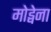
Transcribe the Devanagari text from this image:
मोड्वेना